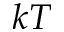
k T